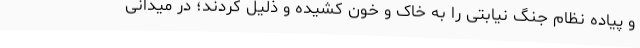
و پیاده نظام جنگ نیابتی را به خاک و خون کشیده و ذلیل کردند؛ در میدانی